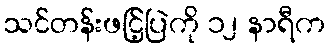
သင်တန်းဖငြ့်ပြဲကို ၁၂ နာရီက